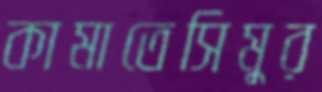
কামাতেসিমুর